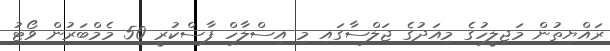
ރައްޔިތުން މަޖިލީހުގެ މިއަދުގެ ޖަލްސާގައި މި އިސްލާހް ފާސްކުރީ 50 މެމްބަރުން ވޯޓު